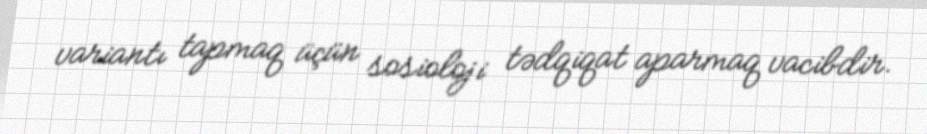
variantı tapmaq üçün sosioloji tədqiqat aparmaq vacibdir.